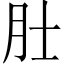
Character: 𬚯